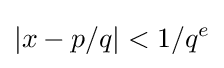
|x-p/q|<1/q^{e}